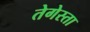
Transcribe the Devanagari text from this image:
तेगेस्ता